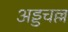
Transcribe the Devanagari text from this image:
अड्डचल्ल